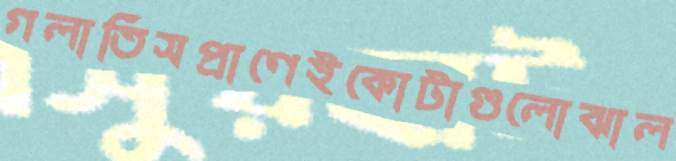
গলাতিসপ্রাণেইকোটাগুলোঝাল